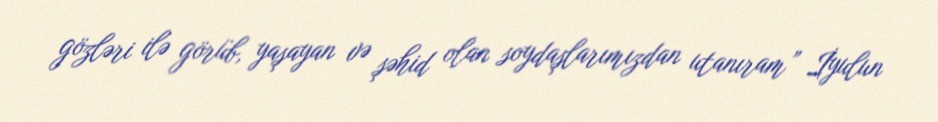
gözləri ilə görüb, yaşayan və şəhid olan soydaşlarımızdan utanıram” İyulun